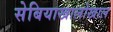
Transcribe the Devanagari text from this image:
सेबियाखालोखाल